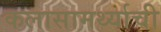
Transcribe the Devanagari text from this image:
कलासामर्थ्याची